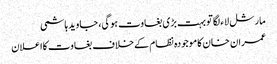
مارشل لاء لگا تو بہت بڑی بغاوت ہوگی، جاوید ہاشمی
عمران خان کاموجودہ نظام کےخلاف بغاوت کااعلان